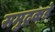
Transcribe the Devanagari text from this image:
समुद्रकडे